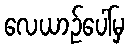
လေယာဉ်ပေါ်မှ